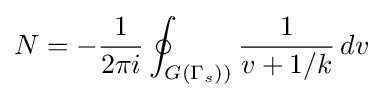
N=-{\frac {1}{2\pi i}}\oint _{G(\Gamma _{s}))}{\frac {1}{v+1/k}}\,dv